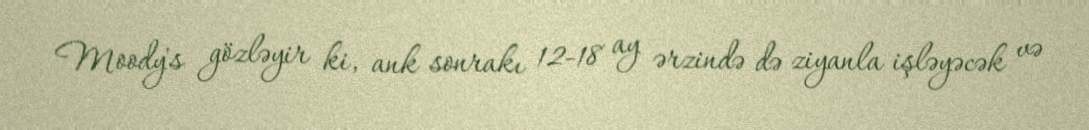
Moody's gözləyir ki, ank sonrakı 12-18 ay ərzində də ziyanla işləyəcək və